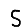
Digit: 5